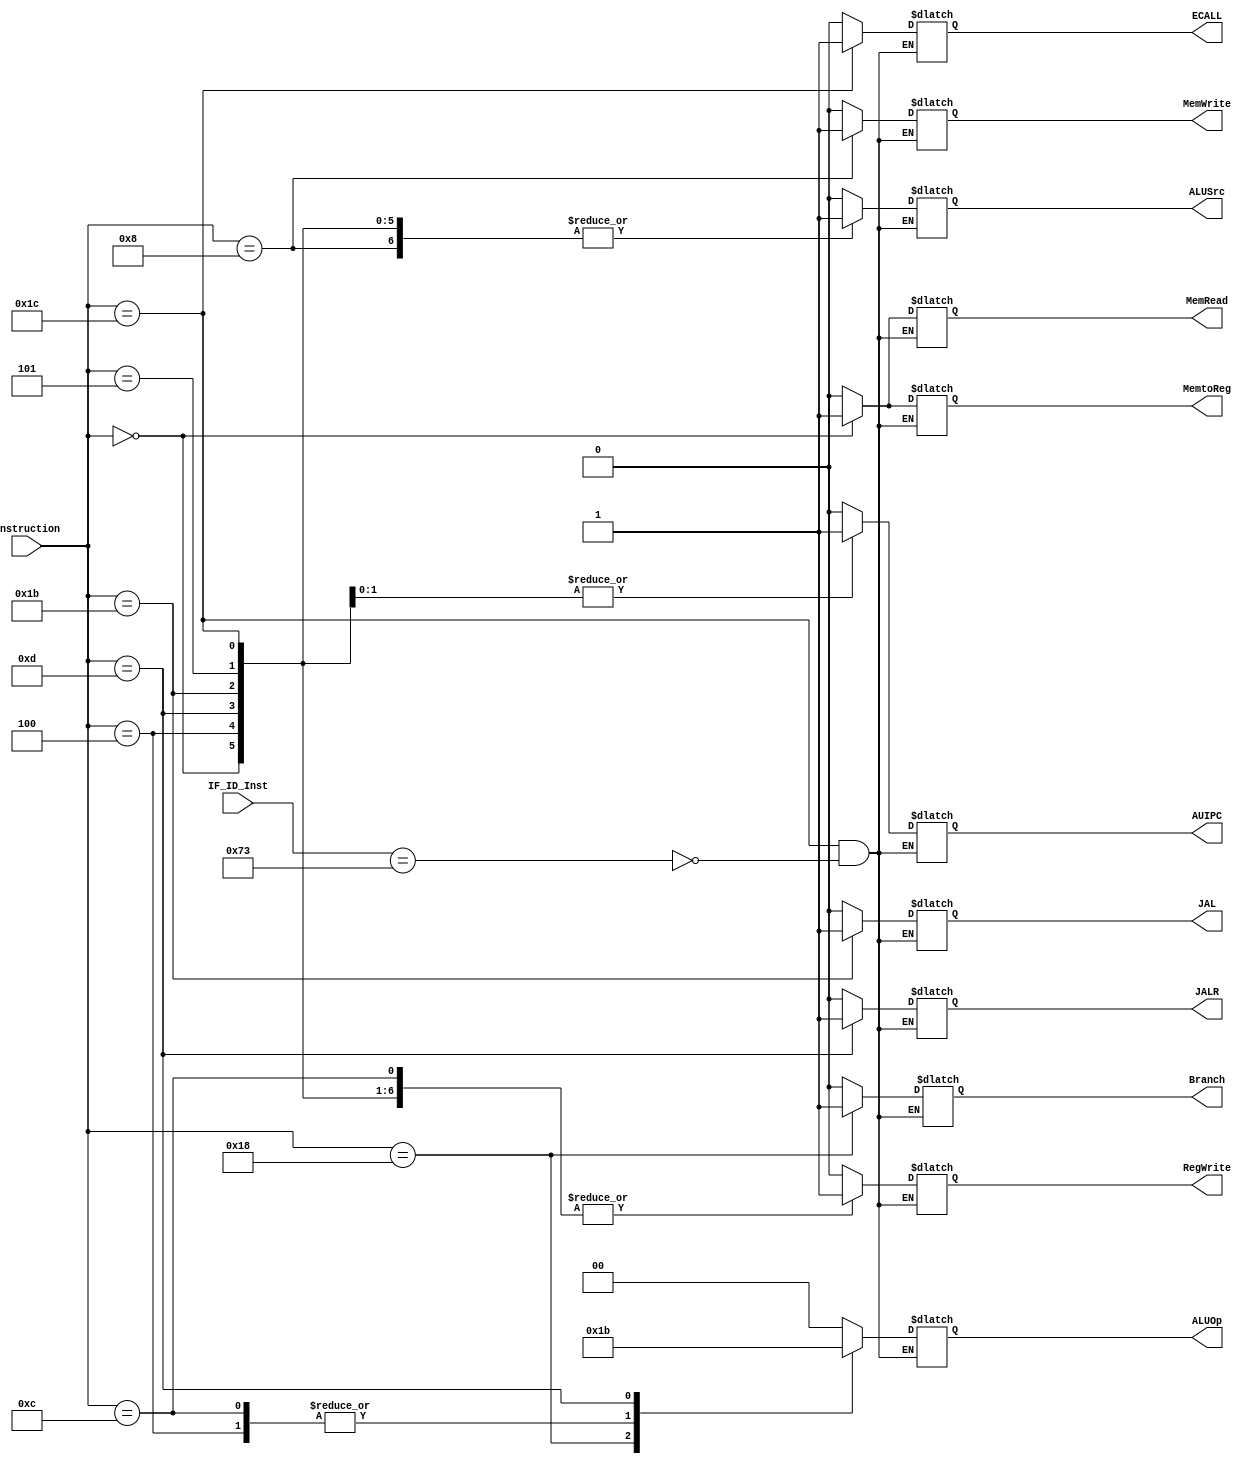
`timescale 1ns / 1ps
//////////////////////////////////////////////////////////////////////////////////
// Company: 
// Engineer: 
// 
// Design Name: 
// Module Name: Control_Unit
// Project Name: 
// Target Devices: 
// Tool Versions: 
// Description: 
// 
// Dependencies: 
// 
// Revision:
// Revision 0.01 - File Created
// Additional Comments:
// 
//////////////////////////////////////////////////////////////////////////////////


module Control_Unit(
       input [31:0] IF_ID_Inst, 
       input [4:0] Instruction,
       output reg  Branch, MemRead, MemtoReg,MemWrite, ALUSrc, RegWrite,JALR,JAL, AUIPC, ECALL,
       output reg [1:0] ALUOp  
    );
    
    
   always @ (*)
    begin 
    
    case (Instruction)
        
 // R-Format
        5'b01100: begin 
            Branch <= 0;
            MemRead <= 0 ;
            MemtoReg <= 0 ;
            ALUOp <= 2'b10;
            MemWrite <= 0;
            ALUSrc <= 0 ;
            RegWrite <= 1 ;
            JALR <= 0;
            JAL <= 0;
            AUIPC <= 0;
            ECALL <= 0;
        end 
        
        
 // LW
       5'b00000: begin 
           Branch <= 0;
           MemRead <= 1 ;
           MemtoReg <= 1;
           ALUOp <= 2'b00;
           MemWrite <= 0;
           ALUSrc <=1 ;
           RegWrite <= 1 ;
           JALR <= 0;
           JAL <= 0;
           AUIPC <= 0;
           ECALL <= 0;

       end 
       
 // SW
         5'b01000: begin 
             Branch <= 0;
             MemRead <= 0 ;
             MemtoReg <= 1'b0; //don't care
             ALUOp <= 2'b00;
             MemWrite <= 1;
             ALUSrc <=1 ;
             RegWrite <= 0 ;
             JALR <= 0;
             JAL <= 0;
             AUIPC <= 0;
             ECALL <= 0;
         end 
         
// BEQ
           5'b11000: begin 
               Branch <= 1;
               MemRead <= 0 ;
               MemtoReg <= 1'b0; //don't care
               ALUOp <= 2'b01; 
               MemWrite <= 0;
               ALUSrc <=0 ;
               RegWrite <= 0 ;
               JALR <= 0;
               JAL <= 0;
               AUIPC <= 0;
               ECALL <= 0;

           end 
// imm 
         5'b00100: begin 
                     Branch <= 0;
                     MemRead <= 0 ;
                     MemtoReg <= 1'b0;
                     ALUOp <= 2'b10; 
                     MemWrite <= 0;
                     ALUSrc <=1 ;
                     RegWrite <= 1 ;
                     JALR <= 0;
                     JAL <= 0;
                     AUIPC <= 0;
                     ECALL <= 0;
                     end 
 // LUI                      
         5'b01101: begin 
                       Branch <= 0;
                       MemRead <= 0 ;
                       MemtoReg <= 1'b0;
                       ALUOp <= 2'b11; 
                       MemWrite <= 0;
                       ALUSrc <=1 ;
                       RegWrite <= 1 ;
                       JALR <= 1;
                       JAL <= 0;
                       AUIPC <= 0;
                       ECALL <= 0;
                         end 
  // JAL                     
         5'b11011: begin 
                       Branch <= 0;
                       MemRead <= 0 ;
                       MemtoReg <= 1'b0;
                       ALUOp <= 2'b0; //don't care
                       MemWrite <= 0;
                       ALUSrc <=1 ;
                       RegWrite <= 1 ;
                       JALR <= 0;
                       JAL <= 1;
                       AUIPC <= 0;
                       ECALL <= 0;
                         end                

   // AUIPC                      
          5'b00101: begin 
                        Branch <= 0;
                        MemRead <= 0 ;
                        MemtoReg <= 1'b0;
                        ALUOp <= 2'b0; //don't care
                        MemWrite <= 0;
                        ALUSrc <=1 ;
                        RegWrite <= 1 ;
                        JALR <= 0;
                        JAL <= 0;
                        AUIPC <= 1;
                        ECALL <= 0;
                          end          
   // E Call                      
         5'b11100: begin 
         if (IF_ID_Inst[31:0] ==  32'b00000_00000_00000_00000_00000_1110011) begin 
                       Branch <= 0;
                       MemRead <= 0 ;
                       MemtoReg <= 1'b0;
                       ALUOp <= 2'b0; //don't care
                       MemWrite <= 0;
                       ALUSrc <=1 ;
                       RegWrite <= 1 ;
                       JALR <= 0;
                       JAL <= 0;
                       AUIPC <= 1;
                       ECALL <= 1;
                       end
                       end    
        default: begin
                      Branch <= 0;
                      MemRead <= 0 ;
                      MemtoReg <= 1'b0;
                      ALUOp <= 2'b00; 
                      MemWrite <= 0;
                      ALUSrc <=0 ;
                      RegWrite <= 0 ;
                      JALR <= 0;
                      JAL <= 0;
                      AUIPC <= 0;
                      ECALL <= 0;
                   end
    endcase
    
    end  
endmodule